Annual report on the health of the army in India
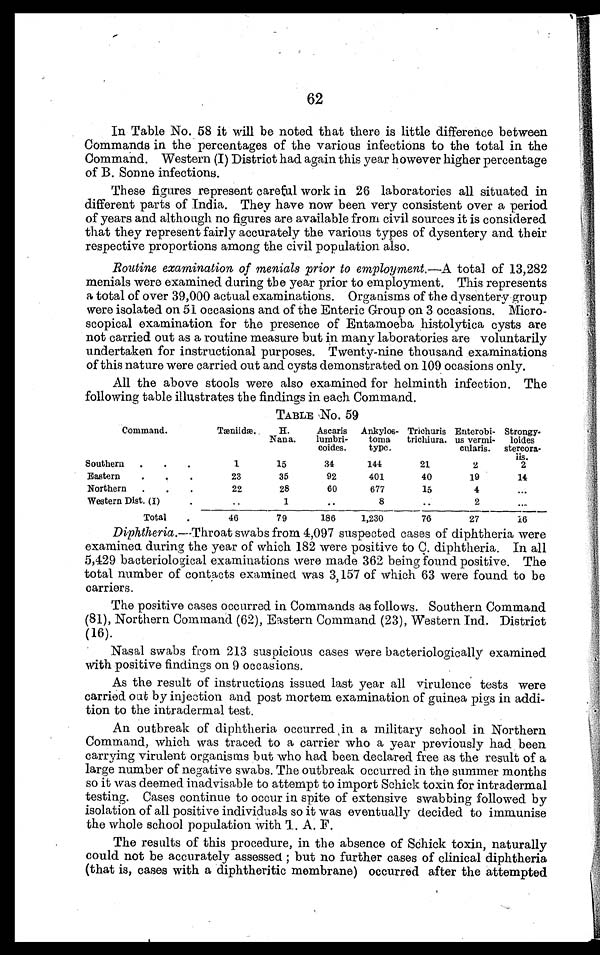
62
In Table No. 58 it will be noted that there is little difference between
Commands in the percentages of the various infections to the total in the
Command. Western (I) Distriot had again this year however higher percentage
of B. Sonne infections.
These figures represent careful work in 26 laboratories all situated in
different parts of India. They have now been very consistent over a period
of years and although no figures are available from civil sources it is considered
that they represent fairly accurately the various types of dysentery and their
respective proportions among the civil population also.
Routine examination of menials prior to employ ment.—A total of 13,282
menials were examined during the year prior to employment. This represents
a total of over 39,000 actual examinations. Organisms of the dysentery gr
oup
were isolated on 51 occasions and of the Enteric Group on 3 occasions. Micro-
scopical examination for the presence of Entamoeba histolytica cysts are
not carried out as a routine measure but in many laboratories are voluntarily
undertaken for instructional purposes. Twenty-nine thousand examinations
of this nature were carried out and cysts demonstrated on 109 ocasions only.
All the above stools were also examined for helminth infection. The
following table illustrates the findings in each Command.
TABLE NO. 59
Command.
Tæniidæ.
H.
Nana.
Ascaris
lumbri
¬coides.
Ankylos
¬ t o m a t y p e .
T r i c h u r i s t r i c h i u r a .
Enterobi
¬ u s v e r m i
¬cularis.
Strongy
¬loides
stercora
¬iis.
Southern
1
15
34
144
21
2
2
Eastern
23
35
92
401
40
19
14
Northern
22
28
60
677
15
4
...
Western Dist. (I)
.
1
. .
8
. .
2
. . .
Total
46
79
186
1,230
76
27
16
Diphtheria.—Throat swabs from 4,097 suspected cases of diphtheria were
examined during the year of which 182 were positive to C. diphtheria. In all
5,429 bacteriological examinations were made 362 being found positive. The
total number of contacts examined was 3,157 of which 63 were found to be
carriers.
The positive cases occurred in Commands as follows. Southern Command
(81), Northern Command (62), Eastern Command (23), Western Ind.. District
(16).
Nasal swabs from 213 suspicious cases were bacteriologically examined
with positive findings on 9 occasions.
As the result of instructions issued last year all virulence tests were
carried oat by injection and post mortem examination of guinea pigs in addi-
tion to the intradermal test.
An outbreak of diphtheria occurred in a military school in Northern
Command, which was traced to a carrier who a year previously had been
carrying virulent organisms but who had been declared free as the result of a
large number of negative swabs. The outbreak occurred in the summer months
so it was deemed inadvisable to attempt to import Schick toxin for intradermal
testing. Cases continue to occur in spite of extensive swabbing followed by
isolation of all positive individuals so it was eventually decided to immunise
the whole school population with T. A. F.
The results of this procedure, in the absence of Schick toxin, naturally
could not be accurately assessed ; but no further cases of clinical diphtheria
(that is, cases with a diphtheritic membrane) occurred after the attempted